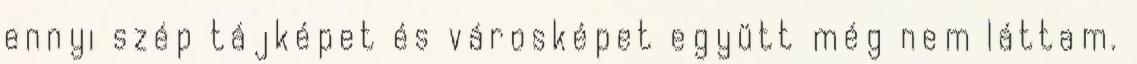
ennyi szép tájképet és városképet együtt még nem láttam.